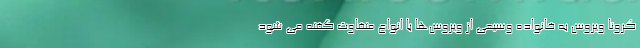
کرونا ویروس به خانواده وسیعی از ویروس‌ها با انواع متفاوت گفته می شود